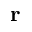
\mathbf { r }